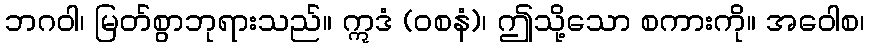
ဘဂဝါ၊ မြတ်စွာဘုရားသည်။ ဣဒံ (ဝစနံ)၊ ဤသို့သော စကားကို။ အဝေါစ၊